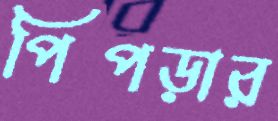
পিপড়ার